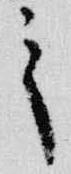
之